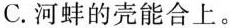
C.河蚌的壳能合上。